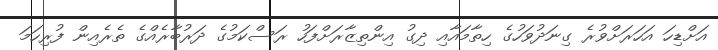
އަށްޑިހަ އަހަރަށްވުރެ ގިނަދުވަހުގެ ހިތާމައާއި ދިގު އިންތިޒާރަށްފަހު ރަސްކަމުގެ ދަރުބާރެއްގެ ތެރެއިން ފުރިހަމަ